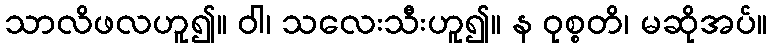
သာလိဖလဟူ၍။ ဝါ၊ သလေးသီးဟူ၍။ န ဝုစ္စတိ၊ မဆိုအပ်။